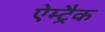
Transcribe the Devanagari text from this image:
ऐम्ट्रैक